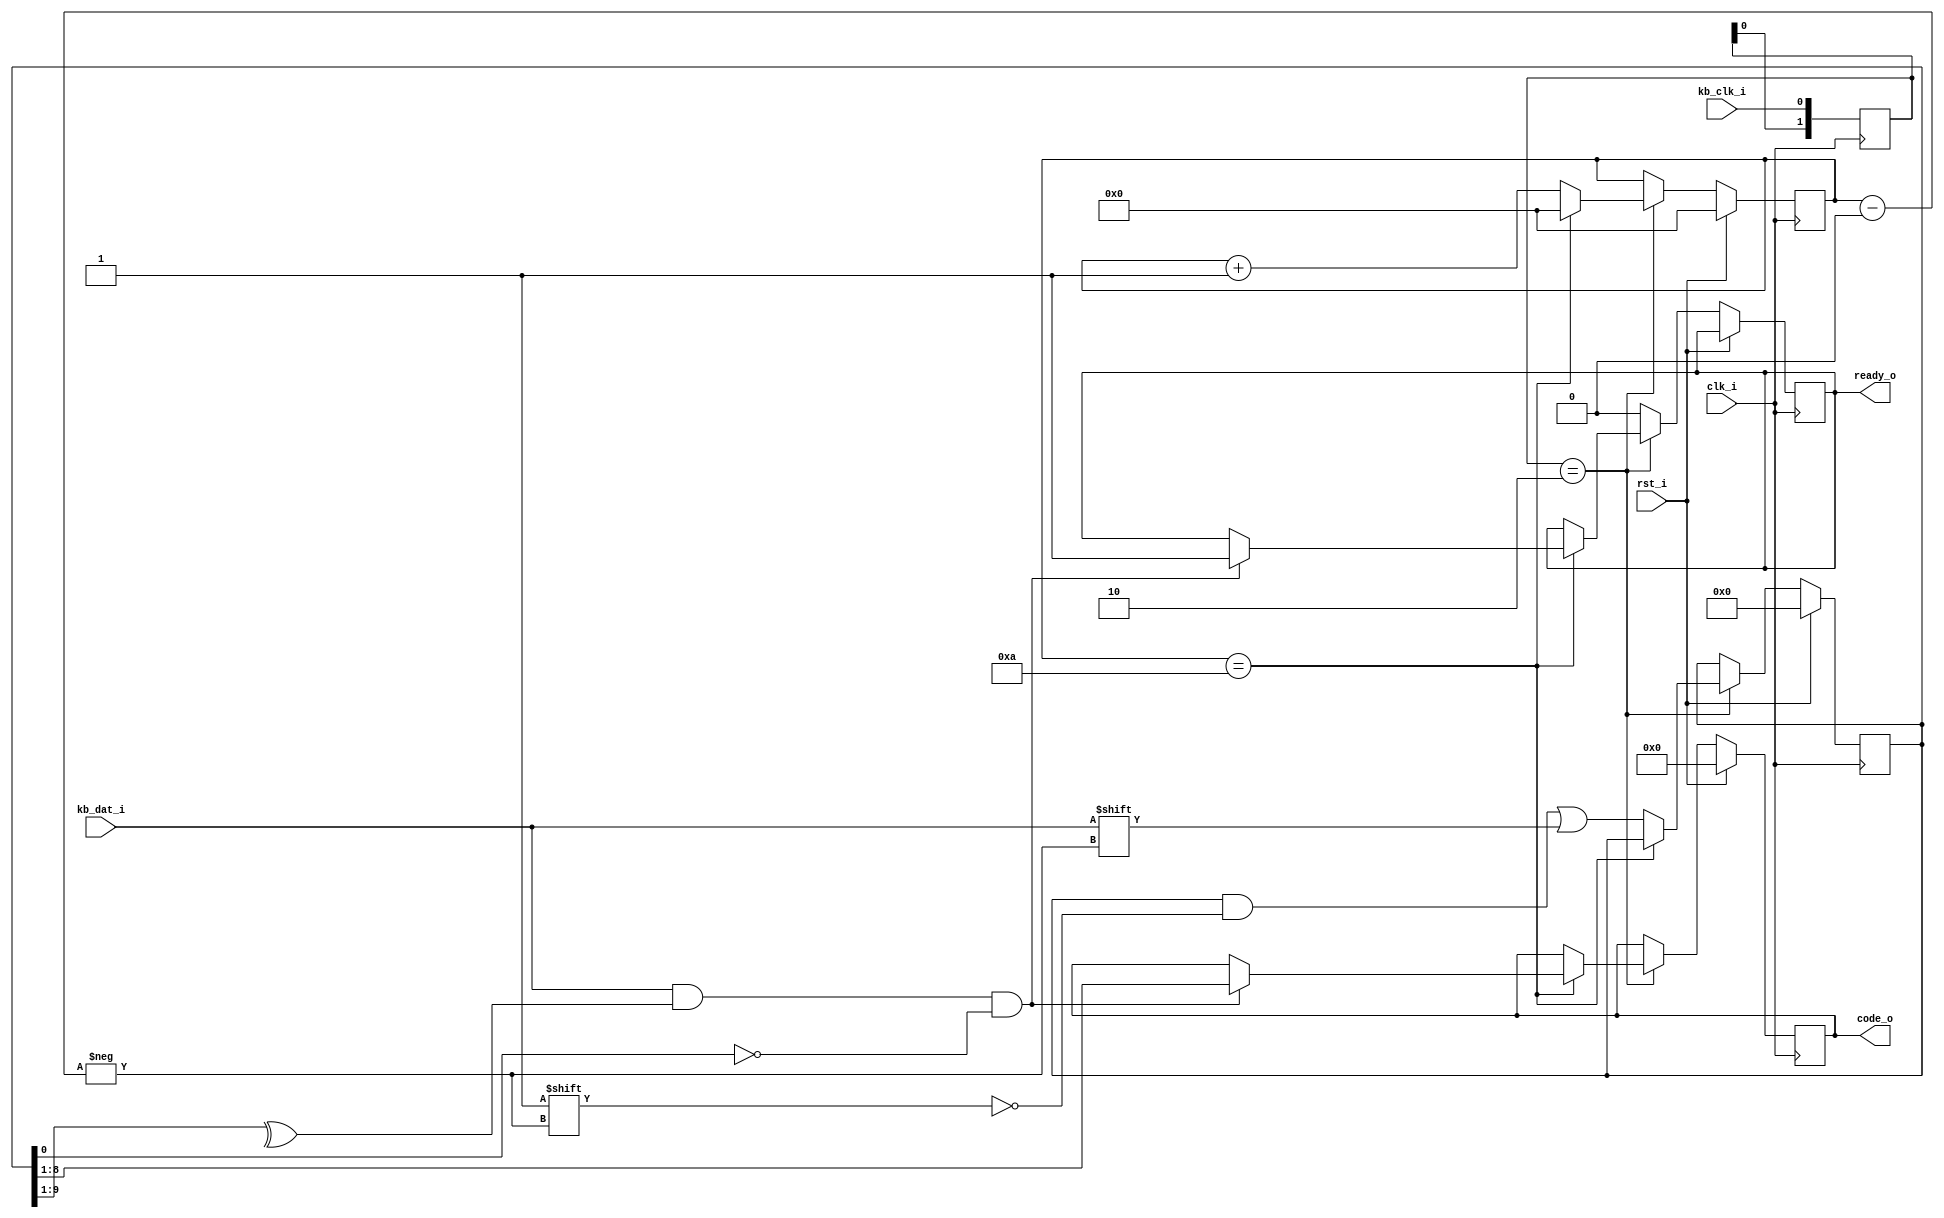
module kb_scan(
		input clk_i,
		input rst_i,
		input kb_clk_i,
		input kb_dat_i,
		output ready_o,
		output[7:0] code_o
);

	/* detect falling edge */
	reg[1:0] falling_detect;
	always@(posedge clk_i)
		falling_detect<={falling_detect[0],kb_clk_i};

	reg[3:0] count;
	reg[7:0] code;
	reg[9:0] buffer;
	reg ready;
	always@(posedge clk_i)
	begin
		if(rst_i)  //reset 
			begin
				count<=0;
				code<=0;
				buffer<=0;
			end
		else
			if(falling_detect==2'b10)  //get code from kb_dat_i when detect falling edge of kb_clk_i
				if(count==4'd10)
					begin
						if(kb_dat_i && (^buffer[9:1]) && ~buffer[0])  //check the code
							begin
								code <= buffer[8:1];
								ready<= 1'b1;
							end	
						count<=0;
					end	
				else
					begin
						buffer[count] <= kb_dat_i;
						count <= count + 1'b1;
					end
			else
				ready <= 0;
	end
	
	assign code_o = code;
	assign ready_o = ready;
endmodule